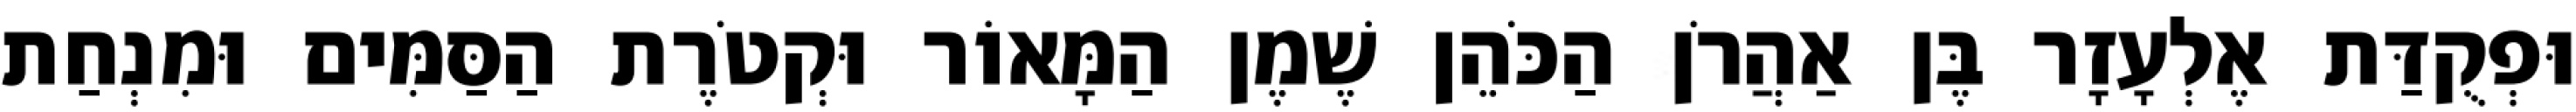
וּפְקֻדַּת אֶלְעָזָר בֶּן אַהֲרֹן הַכֹּהֵן שֶׁמֶן הַמָּאוֹר וּקְטֹרֶת הַסַּמִּים וּמִנְחַת